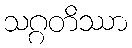
သဂ္ဂတိဿာ